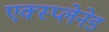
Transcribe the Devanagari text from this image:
एक्स्प्लेनेड